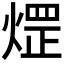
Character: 𤌗